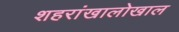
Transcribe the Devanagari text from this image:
शहरांखालोखाल